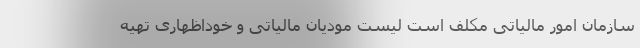
سازمان امور مالیاتی مکلف است لیست مودیان مالیاتی و خوداظهاری تهیه